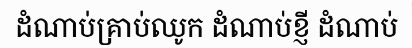
ដំណាប់គ្រាប់ឈូក ដំណាប់ខ្ញី ដំណាប់